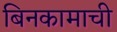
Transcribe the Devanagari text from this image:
बिनकामाची